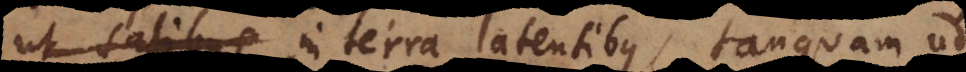
ut salibus, in terra latentibus, tanquam ad